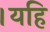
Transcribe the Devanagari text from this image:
।यहि